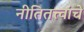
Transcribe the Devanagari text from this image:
नीतितत्त्वांचे